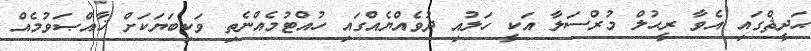
ޙަދީޘްގައި އެވާ ރީޙުލް މުރްސަލާ އަކީ ހަލުއި ދުވެއްޔެއްގައި ހުއްޓުމެއްނެތި ވަކިބަޔަކަށް ޚާއްޞަވުމެއް